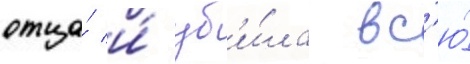
отца́ и́ уб'и́ла вс'ю́